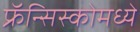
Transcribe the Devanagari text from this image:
फ्रॅन्सिस्कोमध्ये